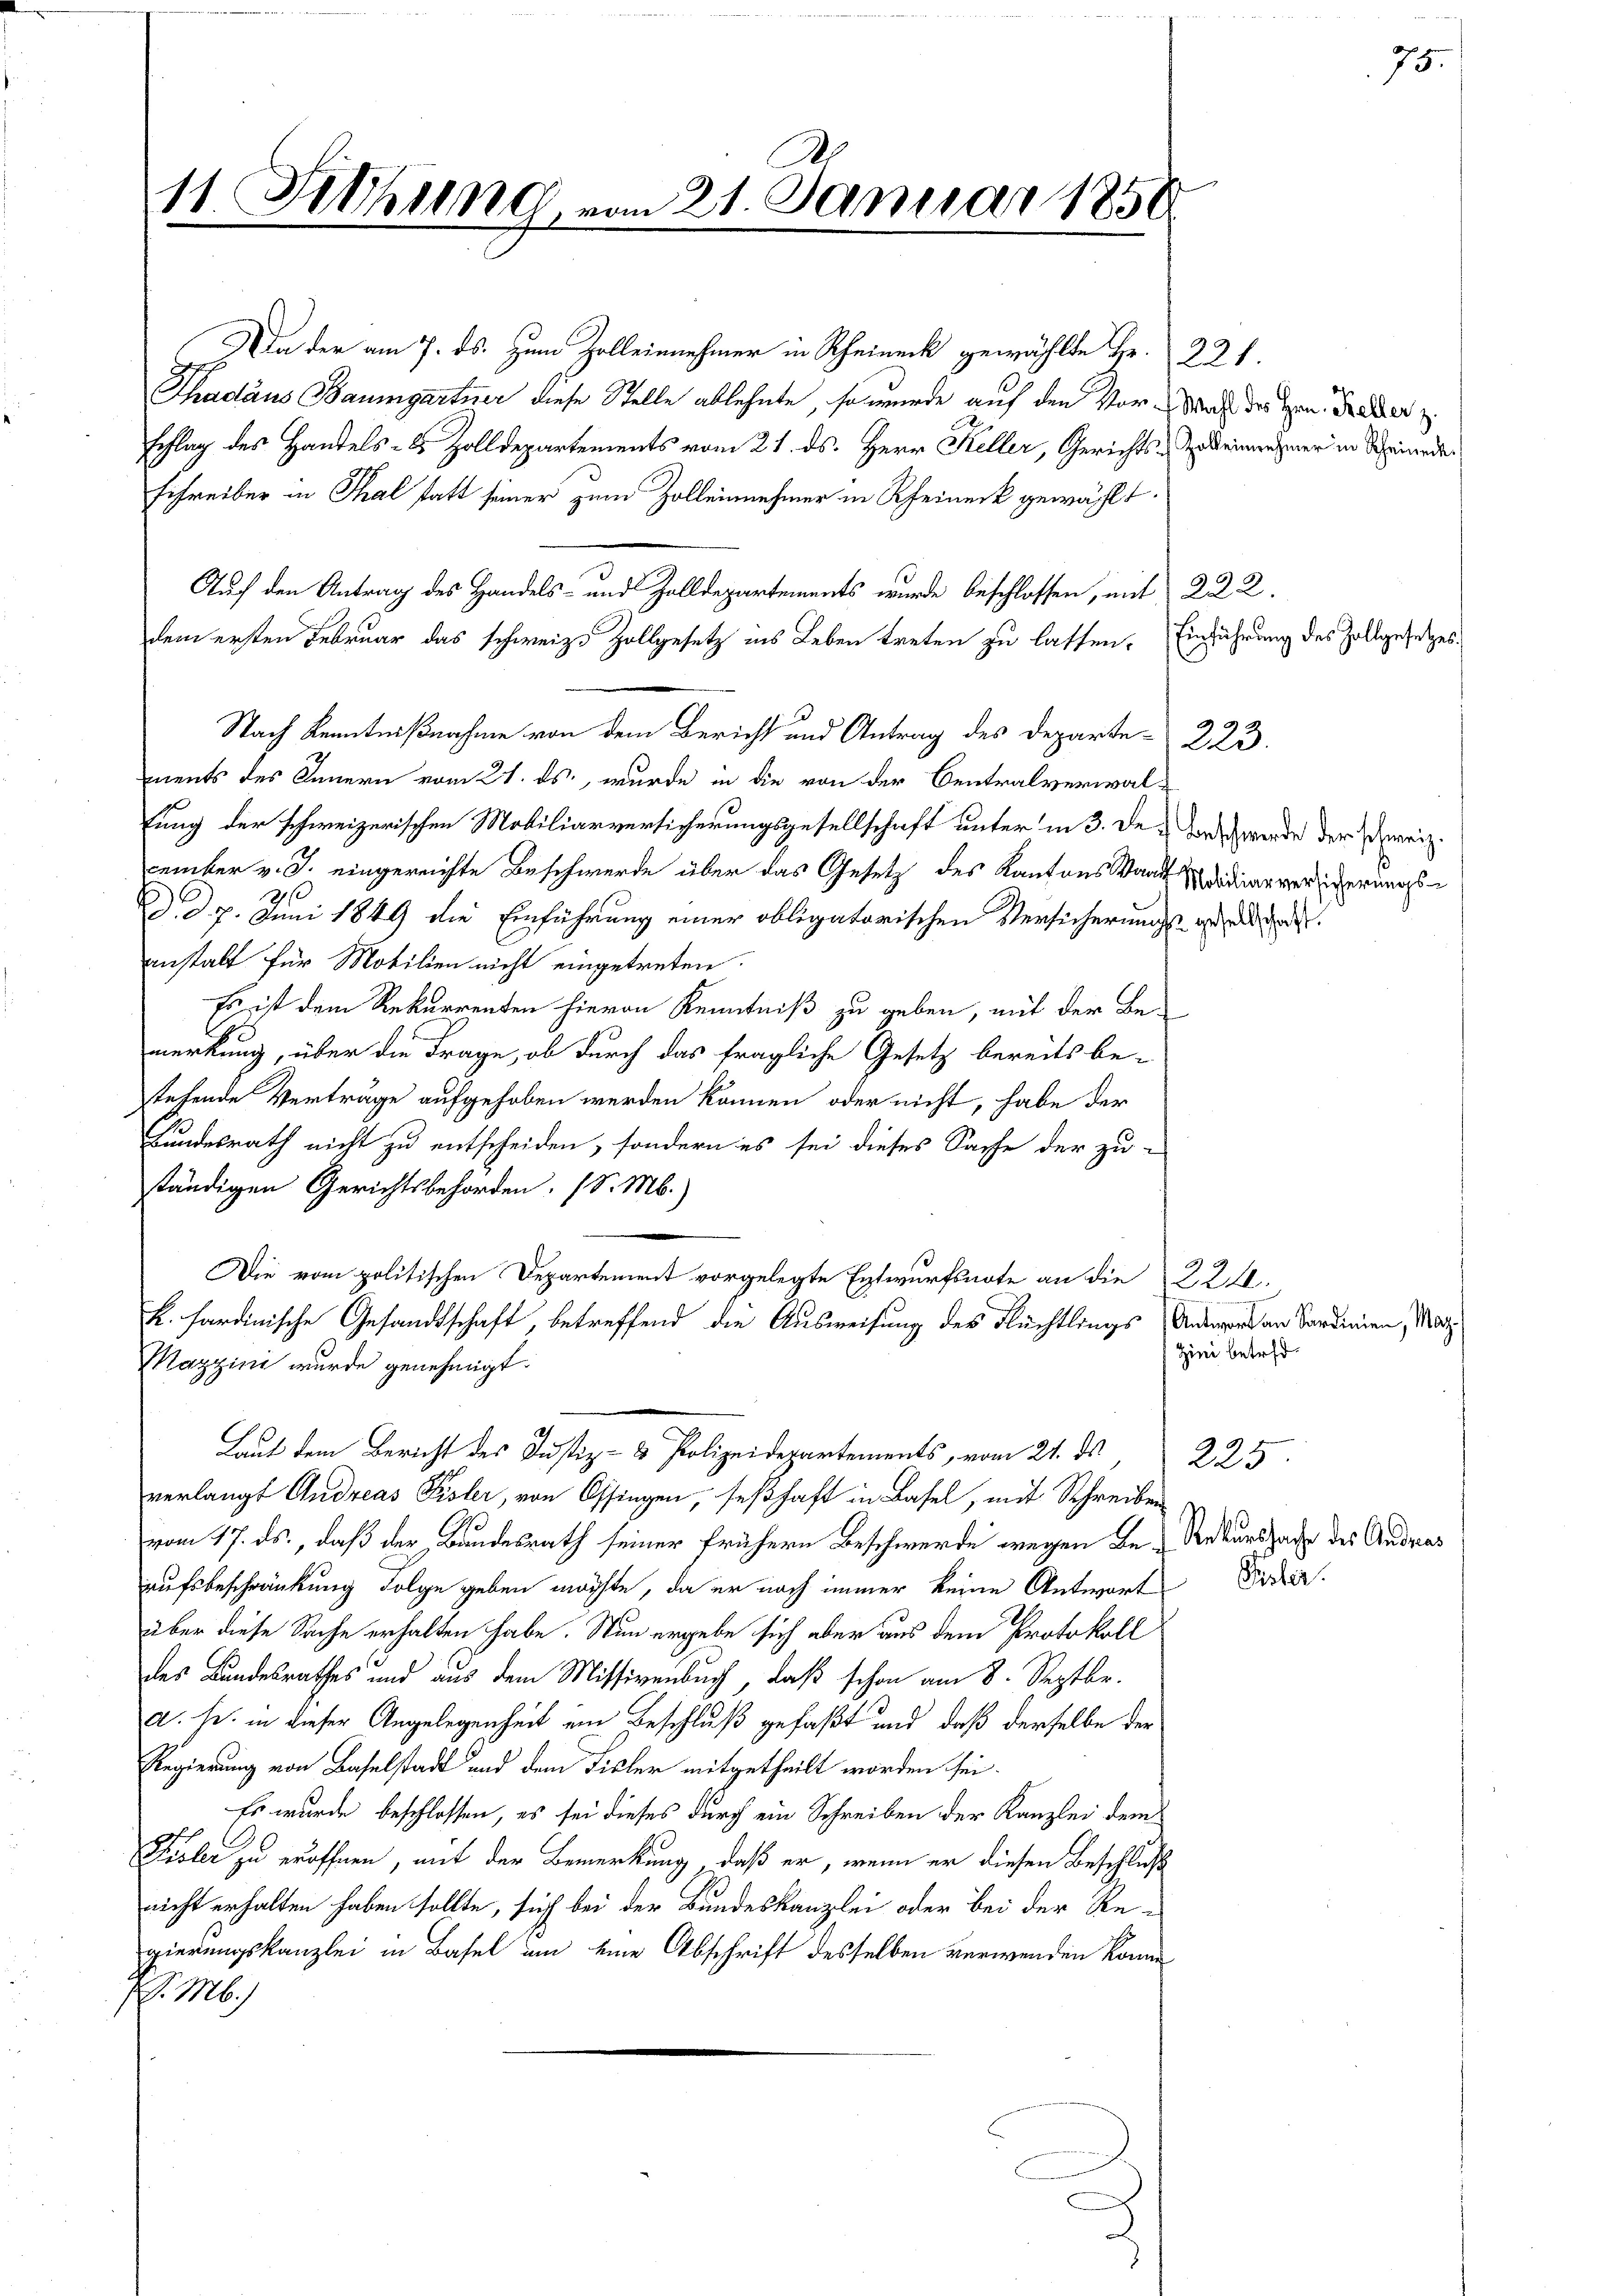
D.
11. Jthung, vom 21. Januar 1851

a der am 7. ds. zu Zollinnehmer in Rheineck gewählte Hr. 221
Thadäus Baumgartner diese Stelle ablehnte, so wurde auf den Vor-Was des Hrn. Frauer z.
schlag des Handels- & Zolldepartements vom 21. ds. Herr Keller, Gerichts-Zukerinnehmer in Schwerde
schreiber in Thal statt seiner zum Zolleinnehmer in Rheineck gewählt.
        2
dem ersten Februar das schweiz. Zollgesetz ins Leben treten zu lassen. Einführung des Zollgesetzes¬
Nach Kenntnißnahme von dem Bericht und Antrag des Departe 223.
ments des Innern vom 21. ds., wurde in die von der Centralverwal-
lung der schweizerischen Mobiliarversicherungsgesellschaft unter in 3. des Landt werde der Schweiz.
pamnter v. J. eingereichte Beschwerde über das Gesetz des Kantons Waadt Mididier verlicherungs
d. d. 7. Juni 1849 die Einführung einer obligatorischen Versicherungs- und das de
anstalt für Mobilien nicht eingetreten.
Es ist dem Rekurrenten hievon Kenntniß zu geben, mit der Be-
merkung, über die Frage, ob durch das fragliche Gesetz bereits be-
stehende Verträge aufgehoben werden können oder nicht, habe der
Bundesrath nicht zu entscheiden, sondern es sei dieses Sache der zu-
ständigen Gerichtsbehörden. (S. M.)
Die vom politischen Departement vorgelegte Entwurfsnote an die 224.
R. hardinische Gesandtschaft, betreffend die Ausweisung des Flüchtlings
Mazzini wurde genehmigt.
Laut dem Bericht des Justiz- & Polizeidepartements, vom 21. ds.
verlangt Andreas Fisler, von Ossingen, seßhaft in Basel, mit Schreiben
vom 17. ds., daß der Bundesrath seiner frühern Beschwerde wegen Be- Rekurssache des Andras
aufsbeschränkung Folge geben möchte, da er noch immer keine Antwort
über diese Sache erhalten habe. Nun ergebe sich aber aus dem Protokoll
des Landesrathes und aus dem Missivenbuch, daß schon am 8. Septbr.
a. s. in dieser Angelegenheit ein Beschluß gefaßt und daß derselbe der
Regierung von Baselstadt und dem Fisler mitgetheilt worden sei.
Es wurde beschlossen, es sei dieses durch ein Schreiben der Kanzlei dem
Fisler zu eröffnen, mit der Bemerkung, daß er, wenn er diesen Beschluß
nicht erhalten haben sollte, sich bei der Bundeskanzlei oder bei der Re-
gierungskanzlei in Basel um eine Abschrift desselben verwenden könne
J. M.)

75

Antwort an Sardinien, Mag.
Zini betret¬

225

Püsler.